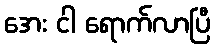
အေး ငါ ရောက်လာပြီ